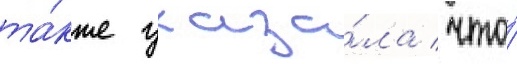
та́кже указа́ла / что́